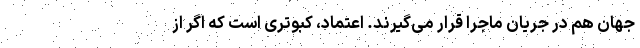
جهان هم در جریان ماجرا قرار می‌گیرند. اعتماد، کبوتری است که اگر از